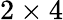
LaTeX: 2\times 4